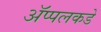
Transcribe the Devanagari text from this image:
ॲप्पलकडे